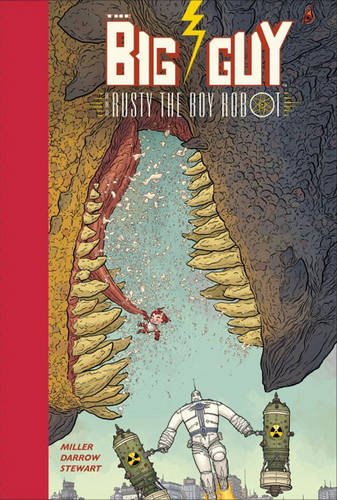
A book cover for Big Guy and Rusty (2nd edition); Geof Darrow; Comics & Graphic Novels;